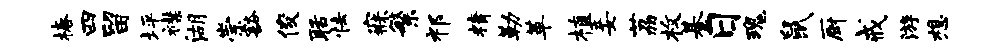
椿四留坪襟湖崇豁俊聒怯寐繁祁精勒革植妾荔枚綦日瑰鼠厨戒游想